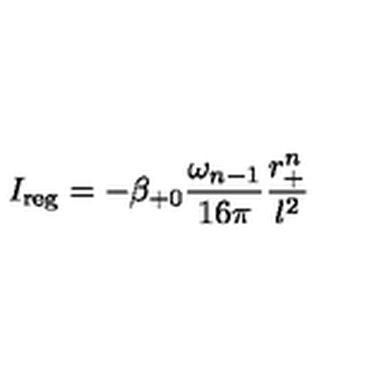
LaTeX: I _ { \mathrm { r e g } } = - \beta _ { + 0 } \frac { \omega _ { n - 1 } } { 1 6 \pi } \frac { r _ { + } ^ { n } } { l ^ { 2 } }